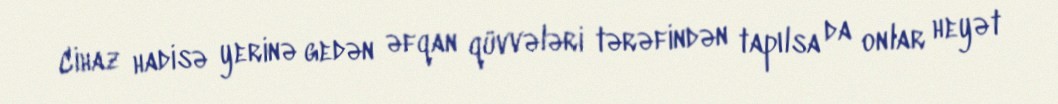
Cihaz hadisə yerinə gedən əfqan qüvvələri tərəfindən tapılsa da onlar heyət